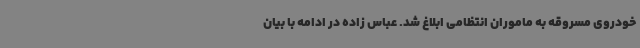
خودروی مسروقه به ماموران انتظامی ابلاغ شد. عباس زاده در ادامه با بیان